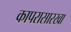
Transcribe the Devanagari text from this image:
कापरासारखा